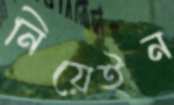
নিয়েইন